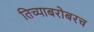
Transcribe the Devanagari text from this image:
तिच्याबरोबरच